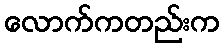
လောက်ကတည်းက